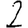
Digit: 2